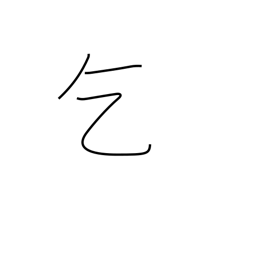
Meaning: ask